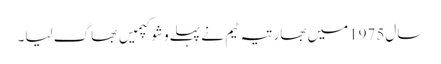
سال1975میں بھارتیہ ٹیم نے پہلےوشوکپمیں بھاگ لیا۔